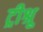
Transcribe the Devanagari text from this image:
ट्रीश्रू